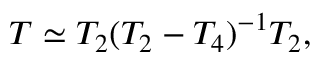
T \simeq T _ { 2 } ( T _ { 2 } - T _ { 4 } ) ^ { - 1 } T _ { 2 } ,